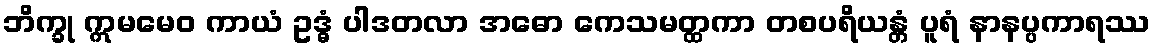
ဘိက္ခု ဣမမေဝ ကာယံ ဥဒ္ဓံ ပါဒတလာ အဓော ကေသမတ္ထကာ တစပရိယန္တံ ပူရံ နာနပ္ပကာရဿ